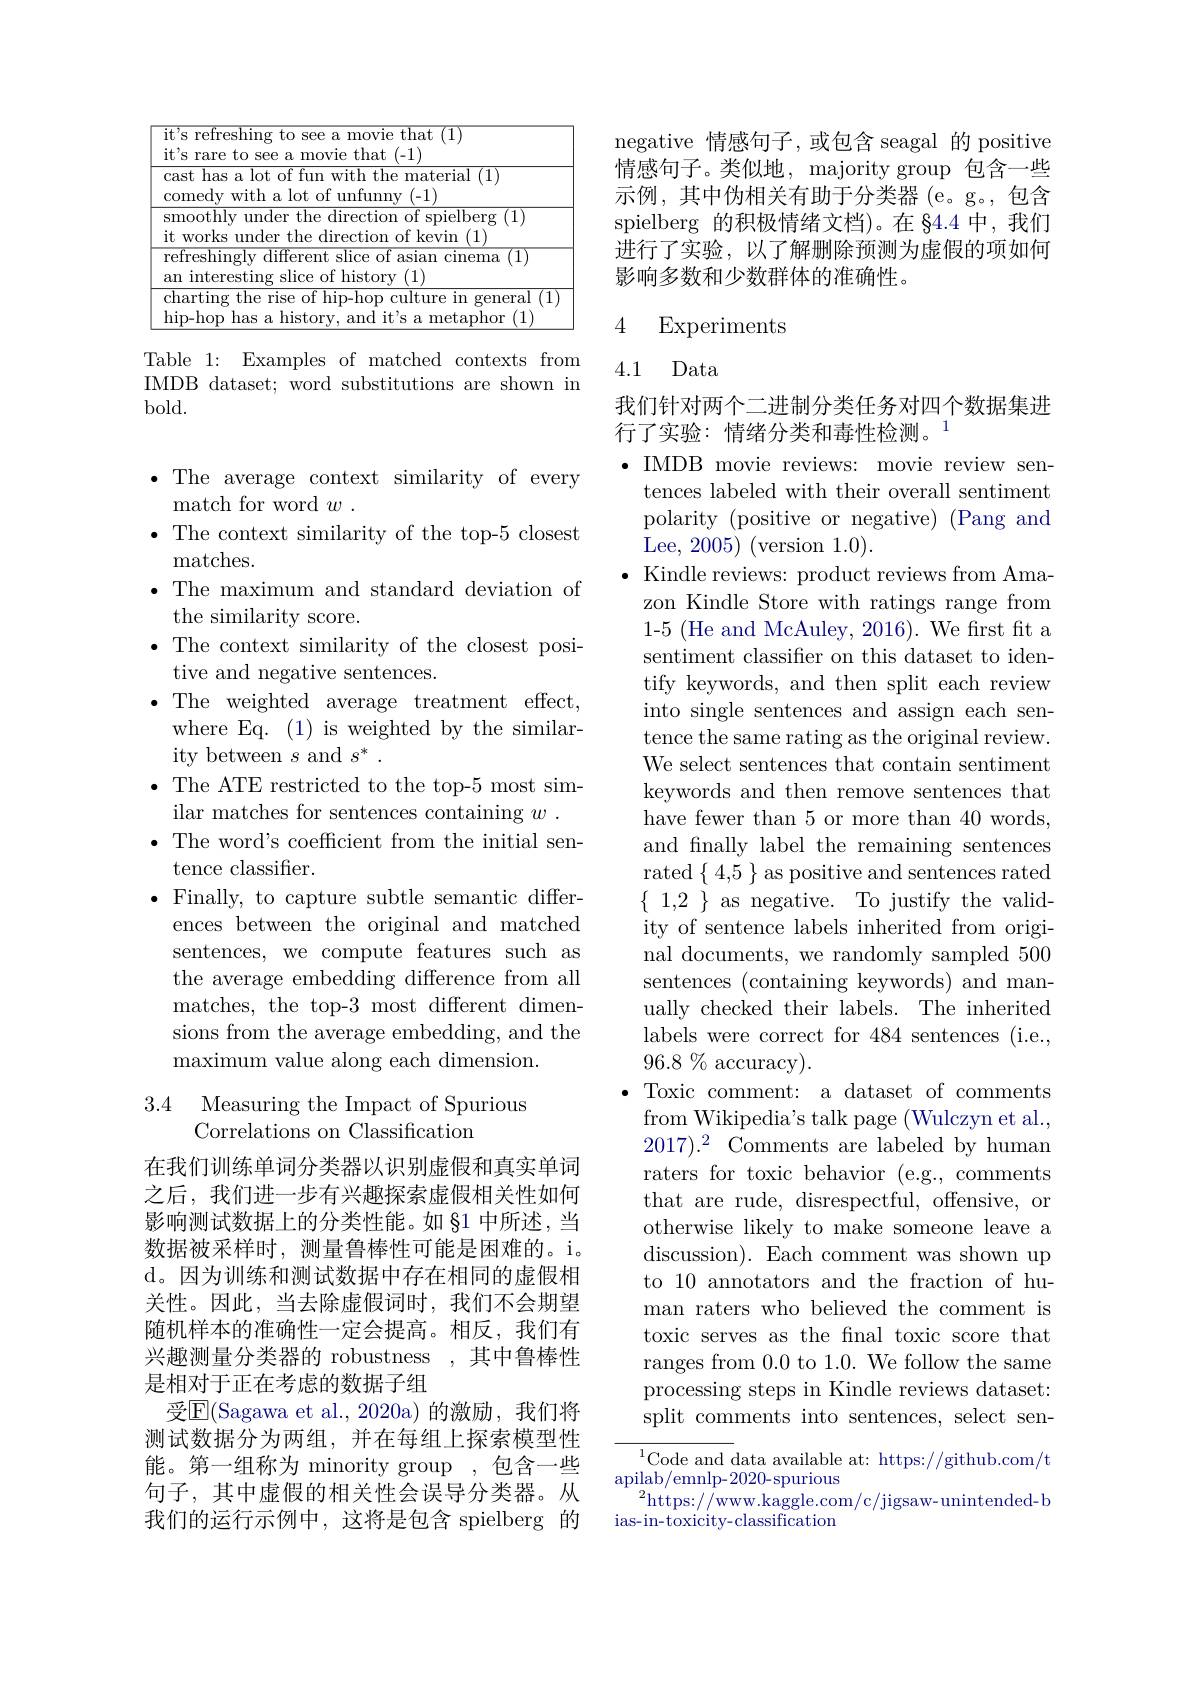
<table>
	<tbody>
		<tr>
			<td> </td>
			<td>ing the rise of hip-hop cult op has a historv. and it's a metaphor (1)</td>
		</tr>
	</tbody>
</table>

Table 1: Examples of matched IMDB dataset; word substitutions are shown in bold.

$\bullet$ The average context similarity of every
match for word $w$
· The context similarity of
matches.
$\bullet$ The maximum and standard deviation of
the similarity score.
$\bullet$ The context similarity of the closest posi-
tive and negative sentences.
$\bullet$The weighted average treatment effect, where Eq. (1) is weighted by the similarity between $s$ and $s^*.$
${\text{, The ATE restricted to the top-5 most sim-}}$
ilar matches for sentences containing $w$ .
$\bullet$ The word's coefficient from the initial sen-
tence classifier.
$\bullet$ Finally, to capture subtle semantic differ-
ences between the original a sentences, we compute featur the average embedding difference from all matches, the top-3 most different dimensions from the average embedding, and the ${\mathrm{maximum~value~along~each~dimension.}}$

## 3.4 Measuring the Impact of Spurious Correlations on Classification

在我们训练单词分类器以识别虚假和真实单词之后，我们进一步有兴趣探索虚假相关性如何影响测试数据上的分类性能。如 §1 中所述，当数据被采样时，测量鲁棒性可能是困难的。i。d。因为训练和测试数据中存在相同的虚假相关性。因此，当去除虚假词时，我们不会期望随机样本的准确性一定会提高。相反，我们有兴趣测量分类器的 robustness ,其中鲁棒性是相对于正在考虑的数据子组
受$\operatorname{E}($Sagawa et al.,2020a)的激励，我们将测试数据分为两组，并在每组上探索模型性能。第一组称为 minority group ,包含一些句子，其中虚假的相关性会误导分类器。从我们的运行示例中，这将是包含 spielberg 的

negative 情感句子，或包含 seagal 的 positive 情感句子。类似地，majority group 包含一些示例，其中伪相关有助于分类器(e。g。,包含spielberg 的积极情绪文档)。在 84.4 中，我们进行了实验，以了解删除预测为虚假的项如何影响多数和少数群体的准确性。

# 4 Experiments

### 4.1 Data

我们针对两个二进制分类任务对四个数据集进
行了实验：情绪分类和毒性检测。$^{1}$

$\bullet$ IMDB movie reviews: movie review sen-
tences labeled with their overall sentiment polarity (positive or negative) (Pang and Lee, 2005) (version 1.0).
$\bullet$ Kindle reviews: product zon Kindle Store with ratings range from 1-5 (He and McAuley, 2016). We frst fit a sentiment classifier on this dataset to identify keywords, and then split each review into single sentences and assign each sentence the same rating as the original review. We select sentences that contain sentiment keywords and then remove sentences that have fewer than 5 or more th and finally label the remaining sentences rated$\{$4,5$\}$ as positive and sentences rated $\{\begin{array}{cc}{1,2}\\\end{array}\}$as negative. To justify the validity of sentence labels inherited from original documents, we randomly sampled 500 sentences (containing keywords) and manually checked their labels. labels were correct for 484 sentences (i.e., $96.8\%$ accuracy).
$\bullet$ Toxic comment: a dataset of comments from Wikipedia's talk page (Wulczyn et al., $2017).^{2}$ Comments are labeled by human raters for toxic behavior (e.g., comments that are rude, disrespectful, offensive, or otherwise likely to make someone leave a discussion). Each comment wa to 10 annotators and the fraction of human raters who believed the comment is toxic serves as the fnal toxic score that ranges from 0.0 to 1.0. We follow the same processing steps in Kindle reviews dataset: split comments into sentences, select sen- ${^{1}\text{Code and data availab}}$
$\underset{a}{\operatorname*{\text{apilab/emnlp-2020-spurious}}}$
$^2$https://www.kaggle.com/c/jigsaw-unintended-b

ias- in- toxicity- classification